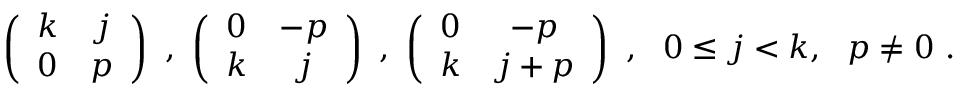
\left( \begin{array} { c c } { { k } } & { { j } } \\ { { 0 } } & { { p } } \end{array} \right) \ , \ \left( \begin{array} { c c } { { 0 } } & { { - p } } \\ { { k } } & { { j } } \end{array} \right) \ , \ \left( \begin{array} { c c } { { 0 } } & { { - p } } \\ { { k } } & { { j + p } } \end{array} \right) \ , \ \ 0 \leq j < k , \ \ p \neq 0 \ .